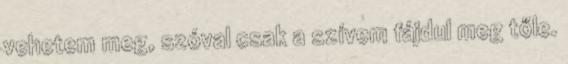
vehetem meg, szóval csak a szívem fájdul meg tőle.